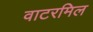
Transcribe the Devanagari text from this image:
वाटरमिल